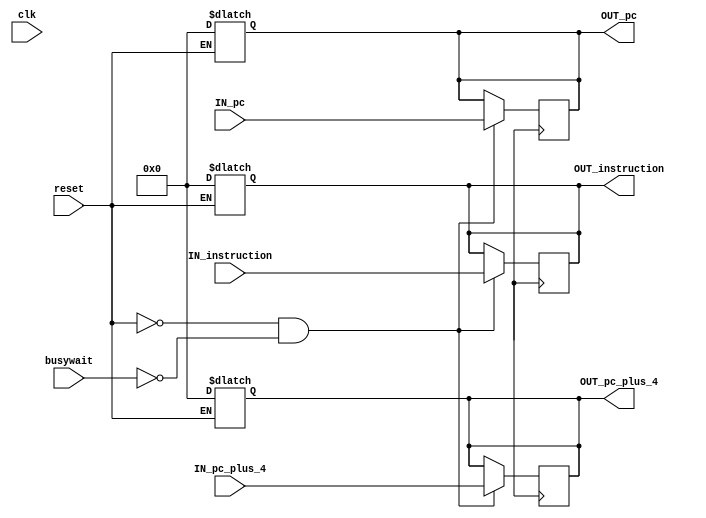
module pipeline1 (
    IN_pc_plus_4,
    IN_pc,
    IN_instruction,
    OUT_pc_plus_4,
    OUT_pc,
    OUT_instruction,
    clk,
    reset,
    busywait
);

// Port declaration
input [31:0] IN_pc_plus_4, IN_pc, IN_instruction;
input clk,reset,busywait;
output reg [31:0] OUT_pc_plus_4, OUT_pc, OUT_instruction;

// Reset the pipeline register
always @(*) begin
    if (reset) begin
        #1;
        OUT_pc_plus_4 = 32'd0;
        OUT_pc = 32'd0;
        OUT_instruction = 32'd0;
    end
end

// write to privious stage values to the pipeline registers on the positive clock edge
// timing ????
always @(posedge CLK) begin
    if(!reset & !busywait) begin
        #3;
        OUT_pc_plus_4 <= IN_pc_plus_4;
        OUT_pc <= IN_pc;
        OUT_instruction <= IN_instruction;
    end
end
    
endmodule